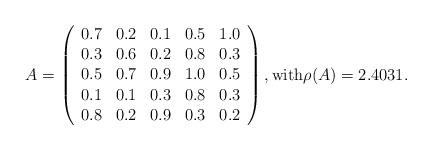
LaTeX: \begin{align*}A = \left( \begin{array}{ccccc} 0.7 & 0.2 & 0.1 & 0.5 & 1.0 \\ 0.3 & 0.6 & 0.2 & 0.8 & 0.3 \\ 0.5 & 0.7 & 0.9 & 1.0 & 0.5 \\ 0.1 & 0.1 & 0.3 & 0.8 & 0.3 \\ 0.8 & 0.2 & 0.9 & 0.3 & 0.2\end{array}\right), \mbox{with} \rho(A)=2.4031.\end{align*}